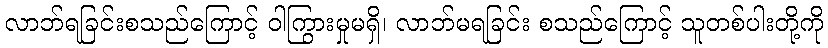
လာဘ်ရခြင်းစသည်ကြောင့် ဝါကြွားမှုမရှိ၊ လာဘ်မရခြင်း စသည်ကြောင့် သူတစ်ပါးတို့ကို